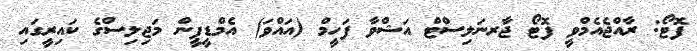
ފޮޓޯ: ރާއްޖެއެމްވީ ފޮޓޯ ޖާރނަލިސްޓް އަޝްވާ ފަހީމް (އައްވަ) އެމްޑީޕީން މަޖިލިސްގެ ކައިރީގައި